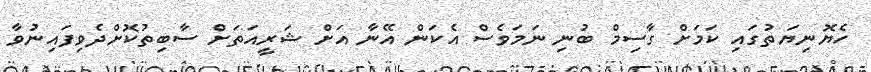
ހެޔޮނިޔަތުގައި ކަމަށް ގާސިމް ބުނި ނަމަވެސް އެކަން އޭނާ އަށް ޝަރީއަތަށް ސާބިތުކޮށްދެވިފައިނުވާ